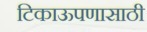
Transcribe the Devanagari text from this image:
टिकाऊपणासाठी